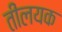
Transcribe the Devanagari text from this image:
तीलयक